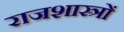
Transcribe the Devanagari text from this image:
राजशास्त्रों